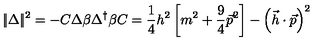
| \! | \Delta | \! | ^ { 2 } = - C \Delta \beta \Delta ^ { \dagger } \beta C = \frac 1 4 h ^ { 2 } \left[ m ^ { 2 } + \frac 9 4 \vec { p } ^ { 2 } \right] - \left( \vec { h } \cdot \vec { p } \right) ^ { 2 }